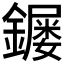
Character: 𮣌